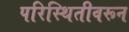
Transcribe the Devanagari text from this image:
परिस्थितीवरून